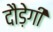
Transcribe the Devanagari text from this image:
दौड़ेगी